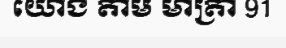
យោង តាម មាត្រា 91